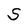
Character: S